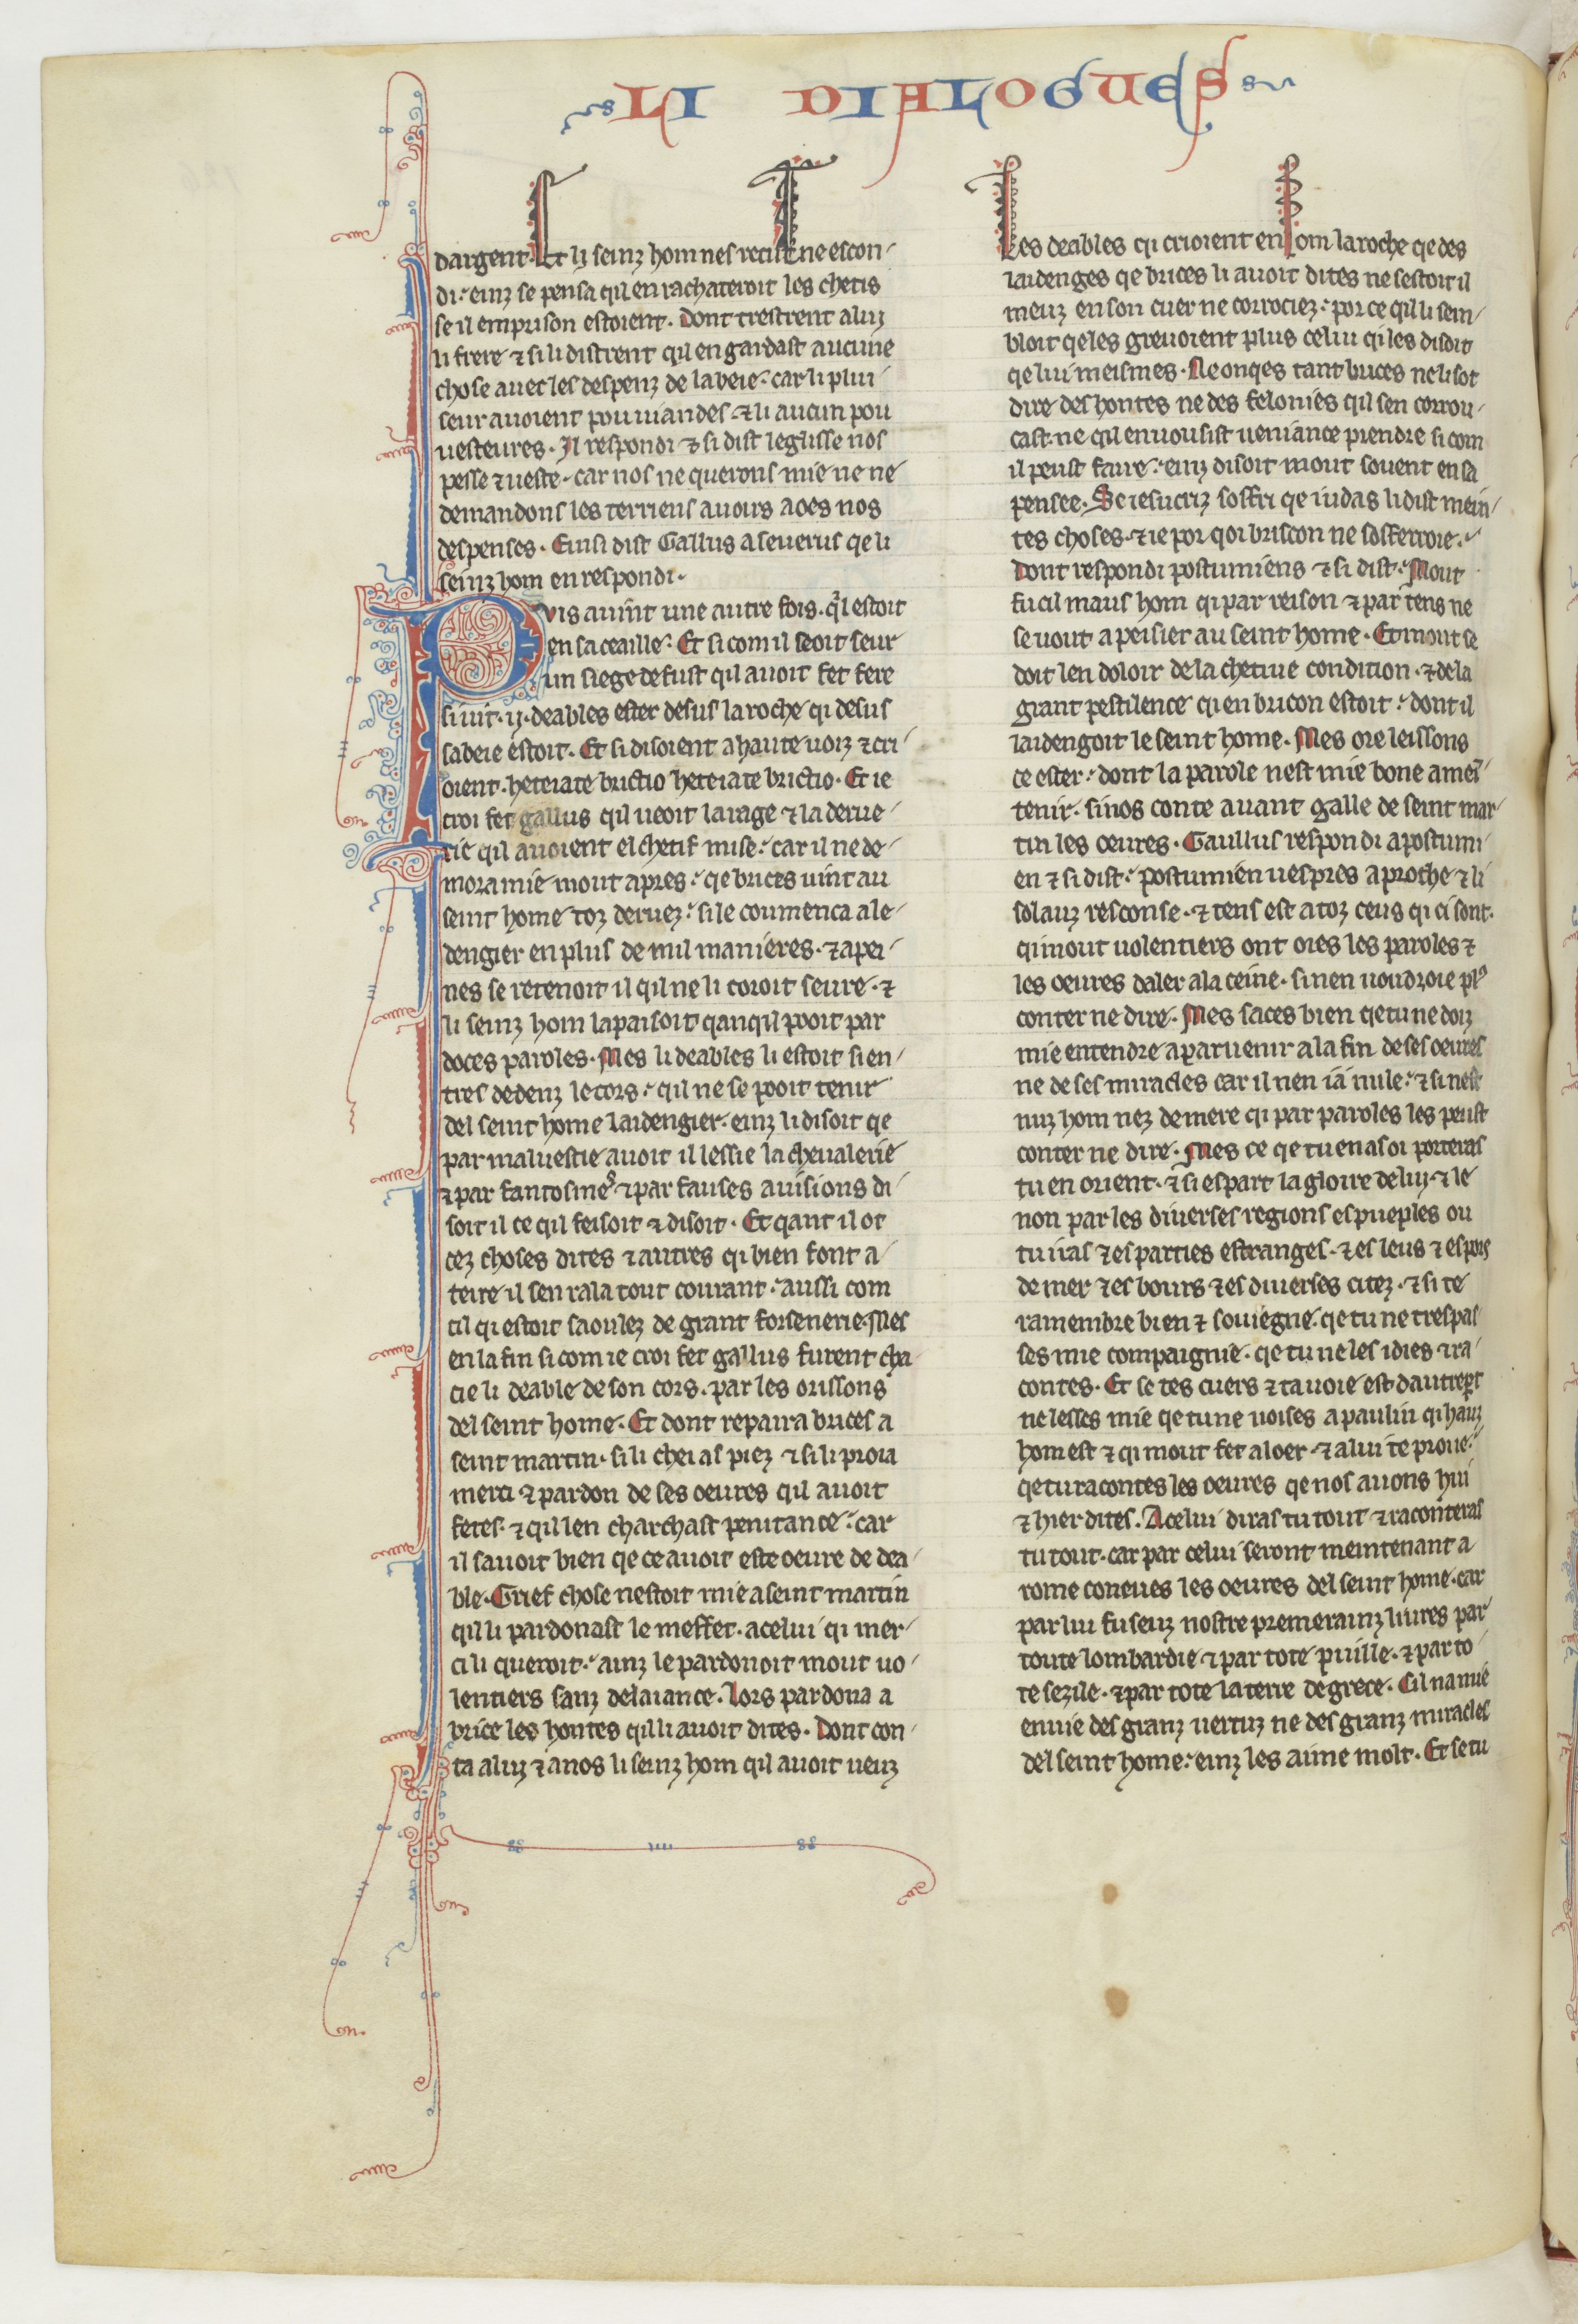
Shelfmark: Paris, BnF, fr. 412
Century: 13